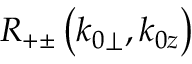
R _ { + \pm } \left( k _ { 0 \perp } , k _ { 0 z } \right)